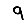
Digit: 9